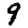
Digit: 9